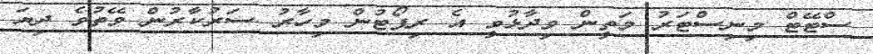
ސްޓޭޓް މިނިސްޓަރު މަތީން ވިދާޅުވީ އެ ރިޕޯޓުން މިހާރު ސަރުކާރުން ވޭތުވެ ދިޔަ